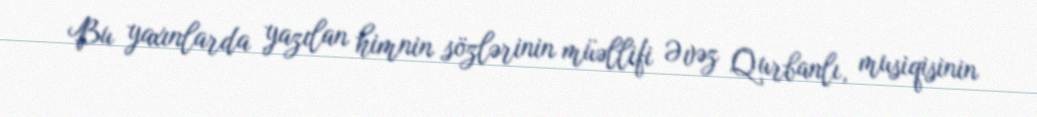
Bu yaxınlarda yazılan himnin sözlərinin müəllifi Əvəz Qurbanlı, musiqisinin